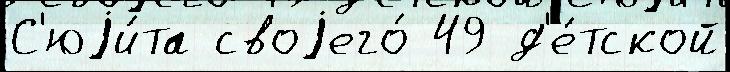
С'юjи́та своjего́ 49 д'е́тской